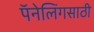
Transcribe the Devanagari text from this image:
पॅनेलिंगसाठी